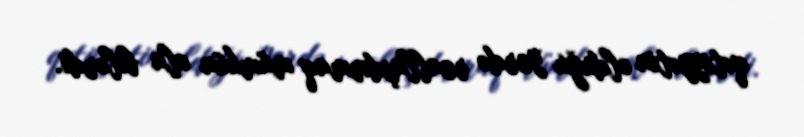
qətiyyətin olduğu yerdə reallaşdırmaq mümkün ola bilərdi.